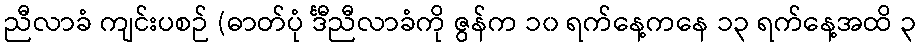
ညီလာခံ ကျင်းပစဉ် (ဓာတ်ပုံ င်္ဒီညီလာခံကို ဇွန်က ၁၀ ရက်နေ့ကနေ ၁၃ ရက်နေ့အထိ ၃